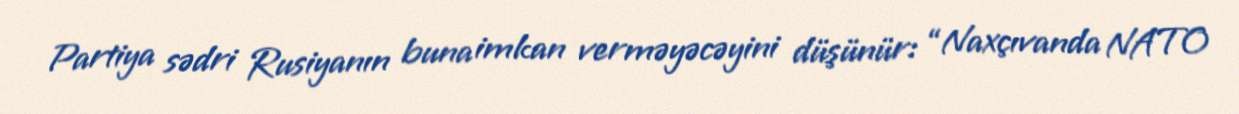
Partiya sədri Rusiyanın buna imkan verməyəcəyini düşünür: “Naxçıvanda NATO